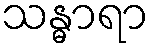
သန္ဓာရာ